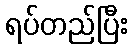
ရပ်တည်ပြီး